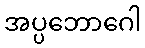
အပ္ပဘောဂေါ